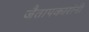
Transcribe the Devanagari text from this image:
जैतापकारांनी